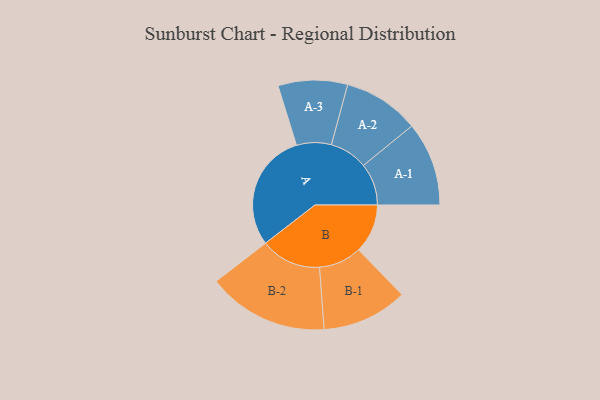
{"axis": {"x": "Segment", "y": "Value"}, "legend": ["", "A", "B"], "data": [{"x": "A", "y": 453, "type": ""}, {"x": "B", "y": 188, "type": ""}, {"x": "A-1", "y": 161, "type": "A"}, {"x": "A-2", "y": 146, "type": "A"}, {"x": "A-3", "y": 133, "type": "A"}, {"x": "B-1", "y": 164, "type": "B"}, {"x": "B-2", "y": 232, "type": "B"}]}